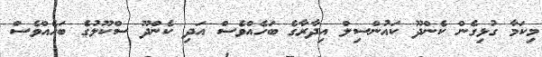
މިކަމާ ގުޅިގެން ކެންދޫ ކައުންސިލް އިދާރާގެ ބަހެއްވެސް އަދި ކެންދޫ ސްކޫލުގެ ބަހެއްވެސް